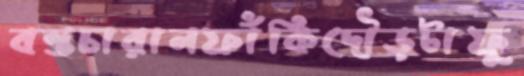
বন্তচারানফাঁকিদৌড়টাফু